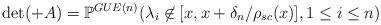
LaTeX: \begin{align*}&\det(+A)=\mathbb{P}^{GUE(n)}(\lambda_i\not\in [x,x+\delta_n/\rho_{sc}(x)],1\leq i\leq n)\end{align*}